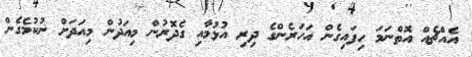
އެއްޗެއް އޮތްނަމަ ހިފައިގެން އަހަރެންގެ ދިރި އުޅުމާއި ގެދޮރުން މިއަދުން މިއަދަށް ނުކުމެގެން